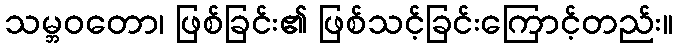
သမ္ဘဝတော၊ ဖြစ်ခြင်း၏ ဖြစ်သင့်ခြင်းကြောင့်တည်း။